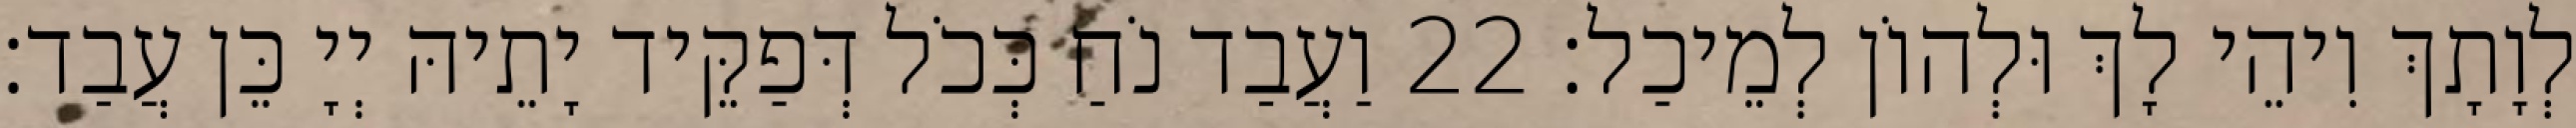
לְוָתָךְ וִיהֵי לָךְ וּלְהוֹן לְמֵיכַל׃ 22 וַעֲבַד נֹחַ כְּכֹל דְּפַקֵּיד יָתֵיהּ יְיָ כֵּן עֲבַד׃